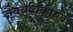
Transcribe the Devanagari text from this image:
जैवयंत्रिकीएवं